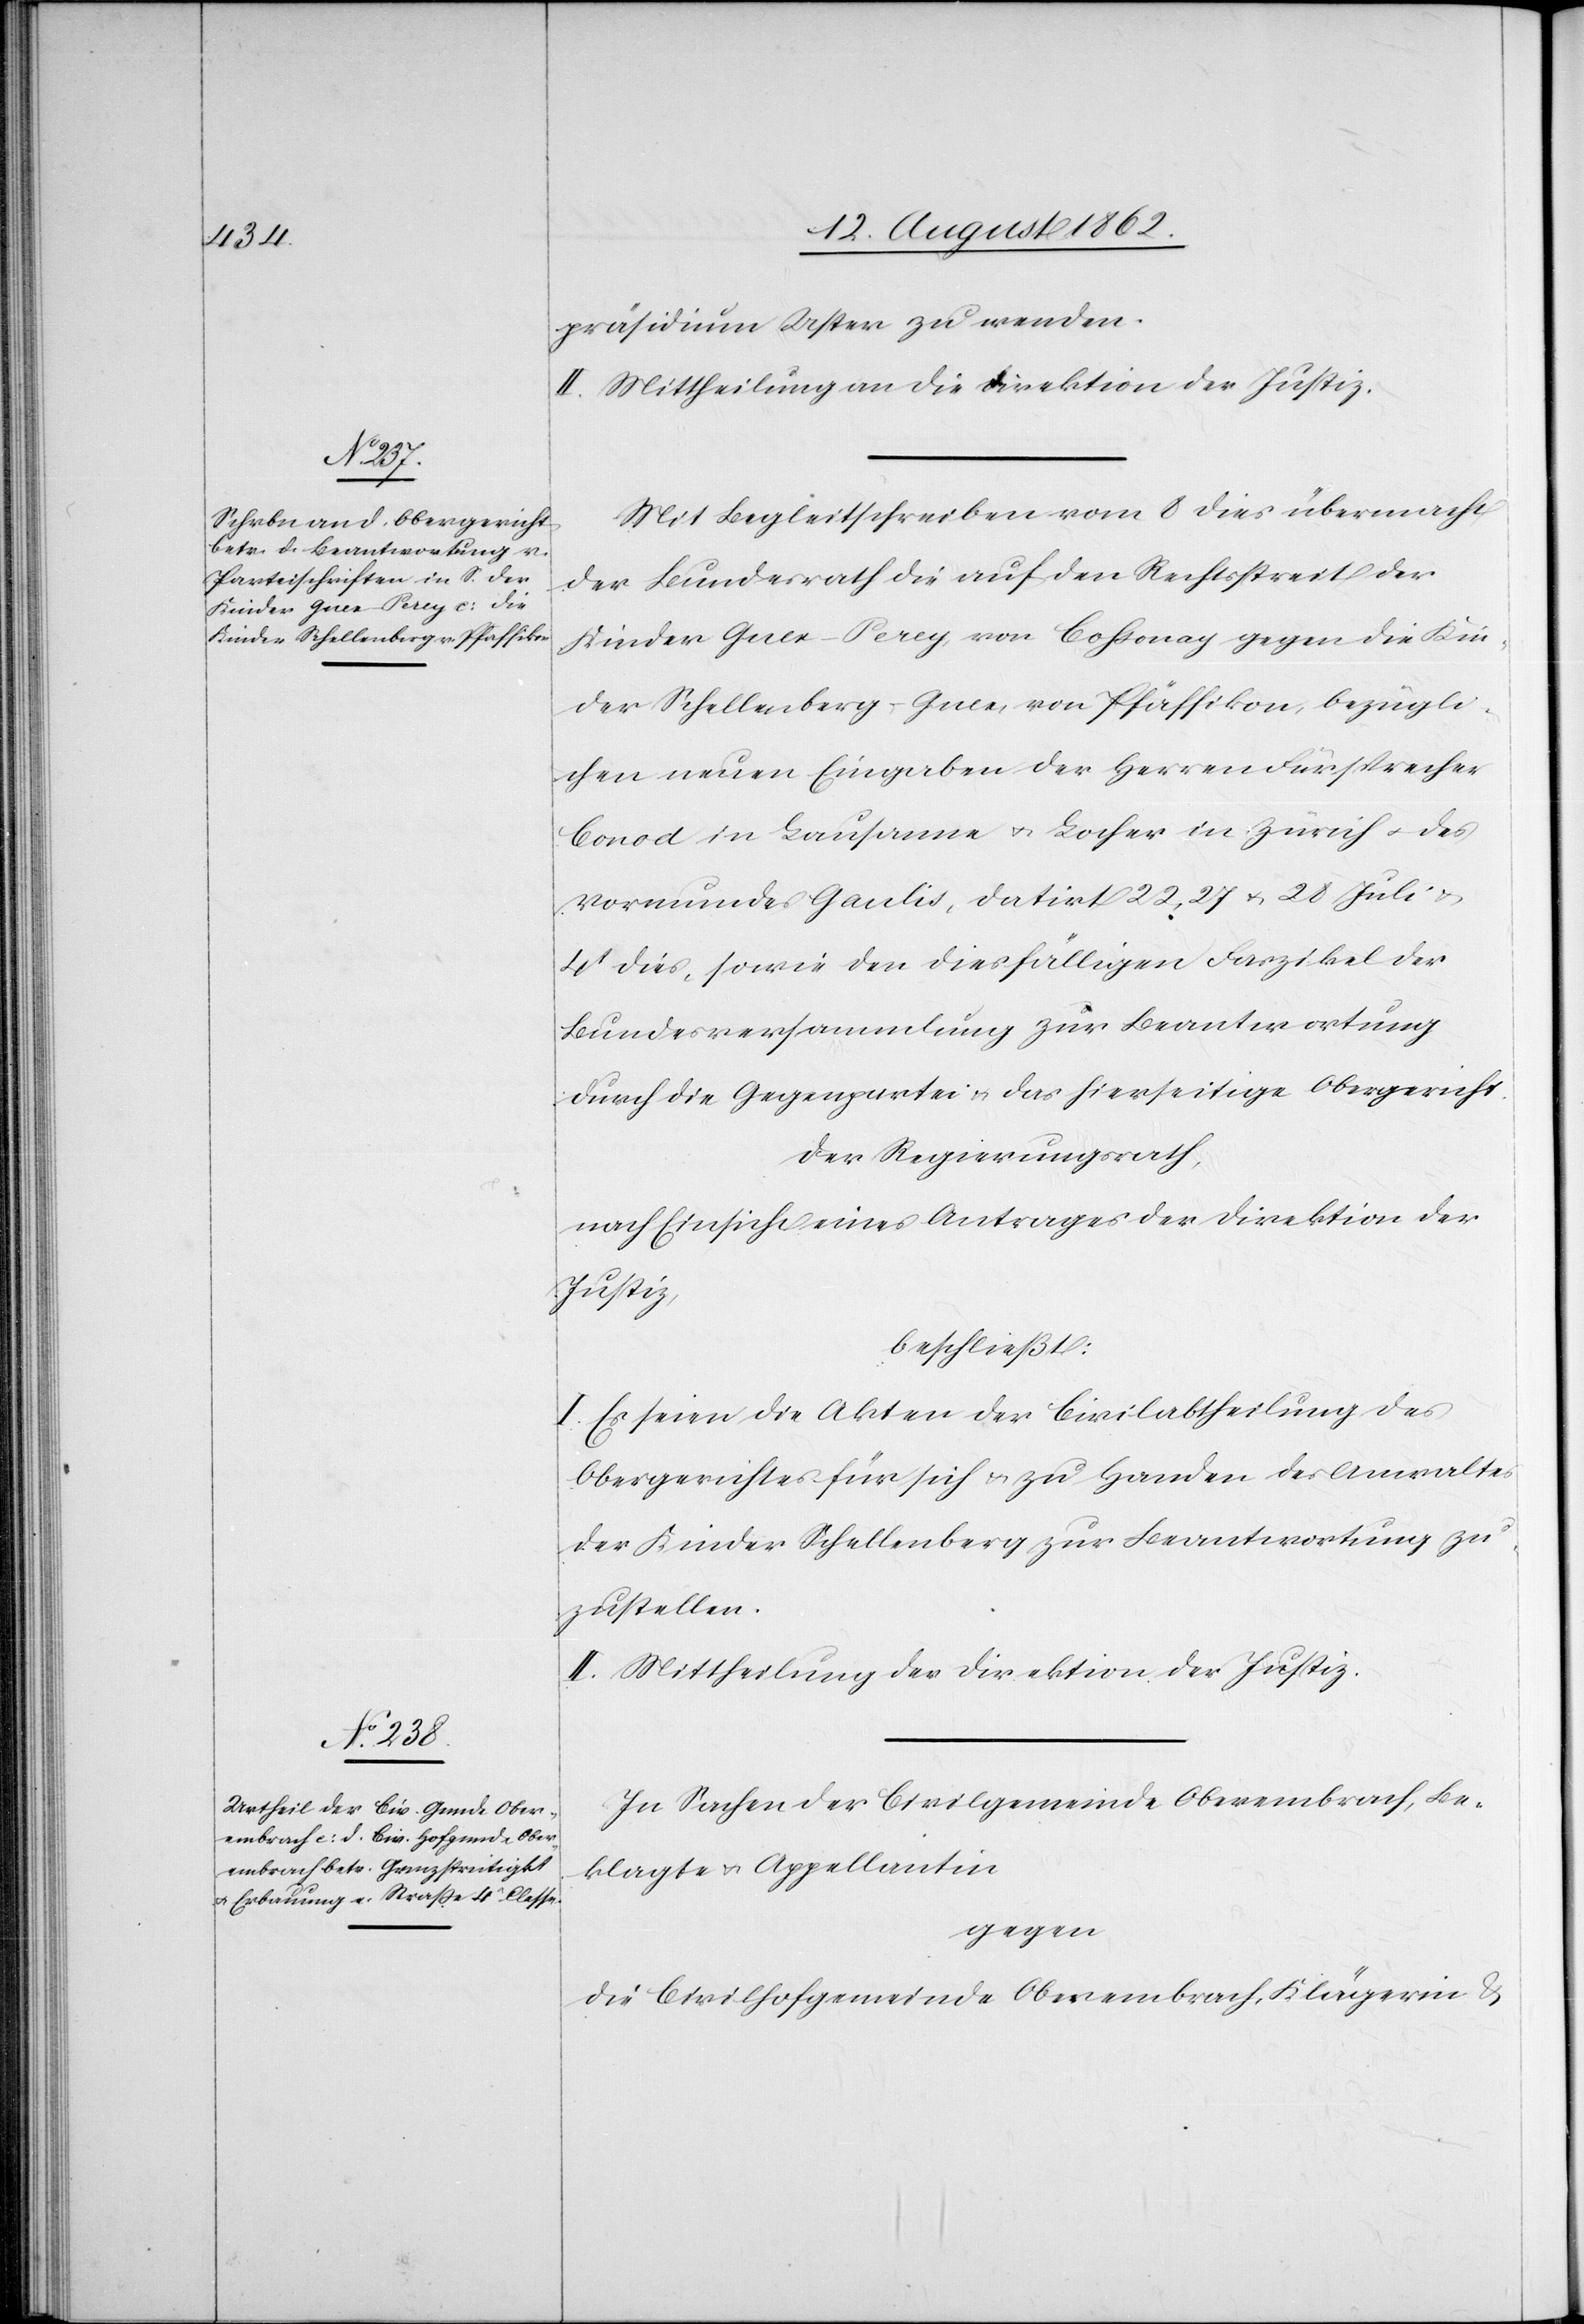
präsidium Uster zu wenden.
II. Mittheilung an die Direktion der Justiz.
Mit Begleitschreiben vom 8. dies übermacht
der Bundesrath die auf den Rechtsstreit der
Kinder Guex-Perey, von Cossonay gegen die Kin¬
der Schellenberg-Guex, von Pfäffikon, bezügli¬
chen neuen Eingaben der Herren Fürsprecher
Conod in Lausanne u. Locher in Zürich u. des
Vormundes Gaulis, datirt 22, 27 u. 28. Juli u.
4t dies, sowie den diesfälligen Farzikel der
Bundesversammlung zur Beantwortung
durch die Gegenpartei u. das hierseitige Obergericht.
Der Regierungsrath,
nach Einsicht eines Antrages der Direktion der
Justiz,
beschließt:
I. Es seien die Akten der Civilabtheilung des
Obergerichtes für sich u. zu Handen des Anwaltes
der Kinder Schellenberg zur Beantwortung zu¬
zustellen.
II. Mittheilung der Direktion der Justiz.
In Sachen der Civilgemeinde Oberembrach, Be¬
klagte u. Appellantin
gegen
die Civilgemeinde Oberembrach, Klägerin u.